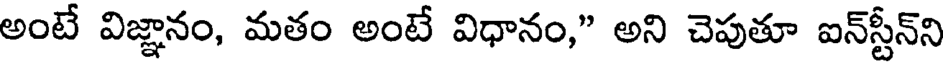
అంటే విజ్ఞానం, మతం అంటే విధానం," అని చెపుతూ ఐన్స్టీన్ని